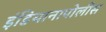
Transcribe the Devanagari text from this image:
इंडियानापोलीस